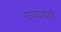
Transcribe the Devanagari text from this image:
राज्याप्रती